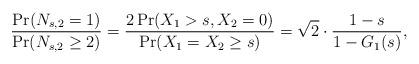
LaTeX: \begin{align*}\frac{\Pr(N_{s,2} = 1)}{\Pr(N_{s,2} \geq 2)} = \frac{2\Pr(X_1> s, X_2 = 0)}{\Pr(X_1 = X_2 \geq s)} = \sqrt{2} \cdot \frac{1-s}{1-G_1(s)},\end{align*}